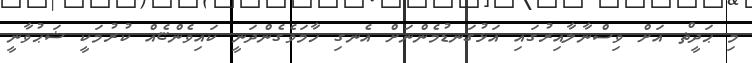
މި ޙަދީޡް އަށް ވިސްނާލާއިރުގައި އަޅުގަނޑުމެންނަށް އެނގި ހާމަވެގެންދަނީ ކައިވެންޏެއް ކުރުމަކީ ޝަޙުވާނީ